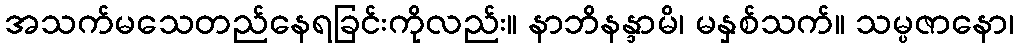
အသက်မသေတည်နေရခြင်းကိုလည်း။ နာဘိနန္ဒာမိ၊ မနှစ်သက်။ သမ္ပဇာနော၊